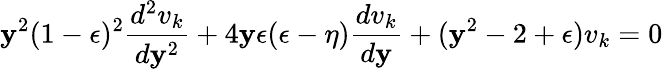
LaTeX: \mathbf{y}^{2}(1-\epsilon)^{2}\frac{{d^{2}v_{k}}}{{d\mathbf{y}^{2}}}+4\mathbf{y}\epsilon(\epsilon-\eta)\frac{{dv_{k}}}{{d\mathbf{y}}}+(\mathbf{y}^{2}-2+\epsilon)v_{k}=0